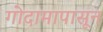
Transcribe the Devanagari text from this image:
गोदामापासून